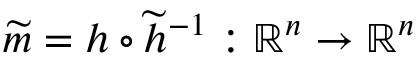
\widetilde { m } = h \circ \widetilde { h } ^ { - 1 } : \mathbb { R } ^ { n } \to \mathbb { R } ^ { n }